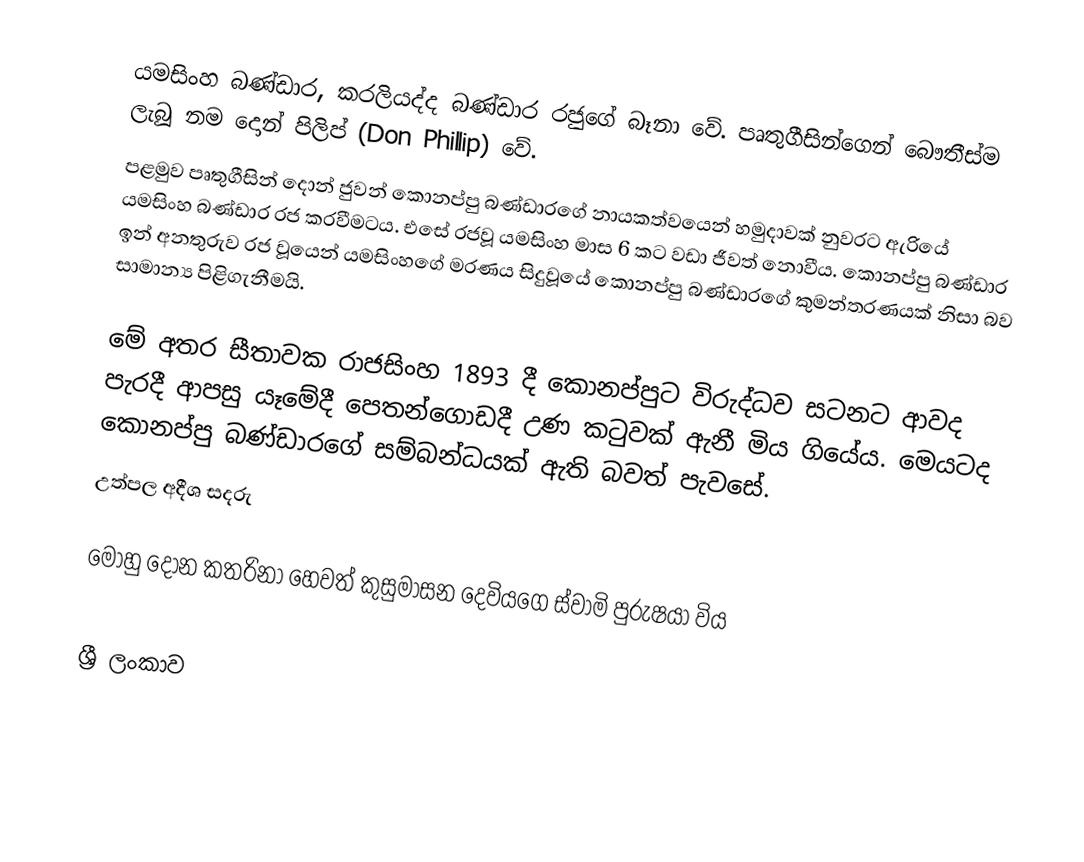
යමසිංහ බණ්ඩාර, කරලියද්ද බණ්ඩාර රජුගේ බෑනා වේ. පෘතුගීසින්ගෙන් බෞතීස්ම ලැබූ නම දොන් පිලිප් (Don Phillip) වේ.
පළමුව පෘතුගීසින් දොන් ජුවන් කොනප්පු බණ්ඩාරගේ නායකත්වයෙන් හමුදාවක් නුවරට ඇරියේ යමසිංහ බණ්ඩාර රජ කරවීමටය. එසේ රජවූ යමසිංහ මාස 6 කට වඩා ජීවත් නොවීය. කොනප්පු බණ්ඩාර ඉන් අනතුරුව රජ වූයෙන් යමසිංහගේ මරණය සිදුවූයේ කොනප්පු බණ්ඩාරගේ කුමන්ත‍්‍රණයක් නිසා බව සාමාන්‍ය පිළිගැනීමයි.

මේ අතර සීතාවක රාජසිංහ 1893 දී කොනප්පුට විරුද්ධව සටනට ආවද පැරදී ආපසු යෑමේදී පෙතන්ගොඩදී උණ කටුවක් ඇනී මිය ගියේය. මෙයටද කොනප්පු බණ්ඩාරගේ සම්බන්ධයක් ඇති බවත් පැවසේ.
උත්පල අදීශ සදරු

 මොහු දොන කතරිනා හෙවත් කුසුමාසන දෙවියගෙ ස්වාමි පුරුෂයා විය

ශ්‍රී ලංකාව